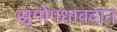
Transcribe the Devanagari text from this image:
सुमोगधावदान